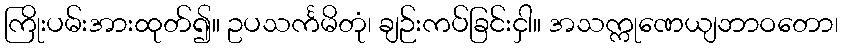
ကြိုးပမ်းအားထုတ်၍။ ဥပသင်္ကမိတုံ၊ ချဉ်းကပ်ခြင်းငှါ။ အသက္ကုဏေယျဘာဝတော၊